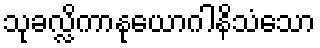
သုခလ္လိကာနုယောဂါနိသံသော